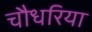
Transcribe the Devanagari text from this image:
चौधरिया